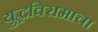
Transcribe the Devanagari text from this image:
युद्धविरामाचा